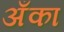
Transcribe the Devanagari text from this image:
अँका